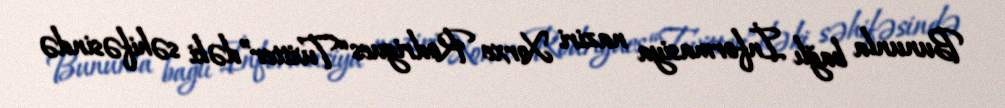
Bununla bağlı İnformasiya naziri Xorxe Rodrigues “Twitter”dəki səhifəsində